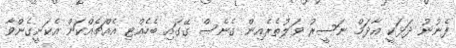
ފެނުނު ދަޅަކީ އާދަމް ނަސީރު ވަލުތެރެއިން ގެނެސް ގޭގައި ބެހެއްޓި އެއްޗެއްކަން އެކަށީގެންވާ